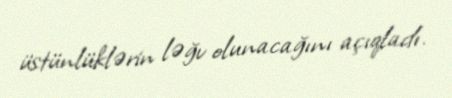
üstünlüklərin ləğv olunacağını açıqladı.